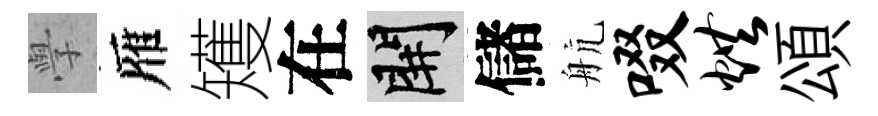
𭓕雁矱在開儲航啜烘頌